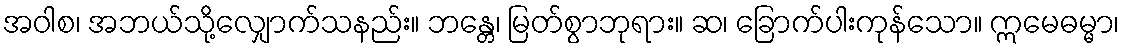
အဝါစ၊ အဘယ်သို့လျှောက်သနည်း။ ဘန္တေ၊ မြတ်စွာဘုရား။ ဆ၊ ခြောက်ပါးကုန်သော။ ဣမေဓမ္မာ၊